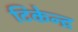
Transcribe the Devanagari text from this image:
टिकेन्द्र